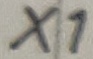
Text: X1